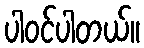
ပါဝင်ပါတယ်။